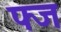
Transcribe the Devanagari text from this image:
फ्ज